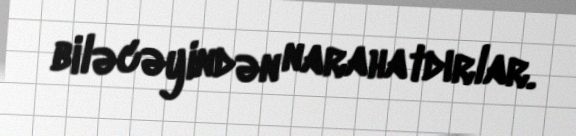
biləcəyindən narahatdırlar.